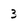
Character: 3